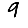
Digit: 9